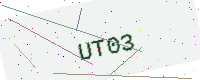
Text: UT03